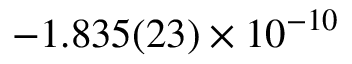
- 1 . 8 3 5 ( 2 3 ) \times 1 0 ^ { - 1 0 }